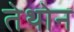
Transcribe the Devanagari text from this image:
तेथोन